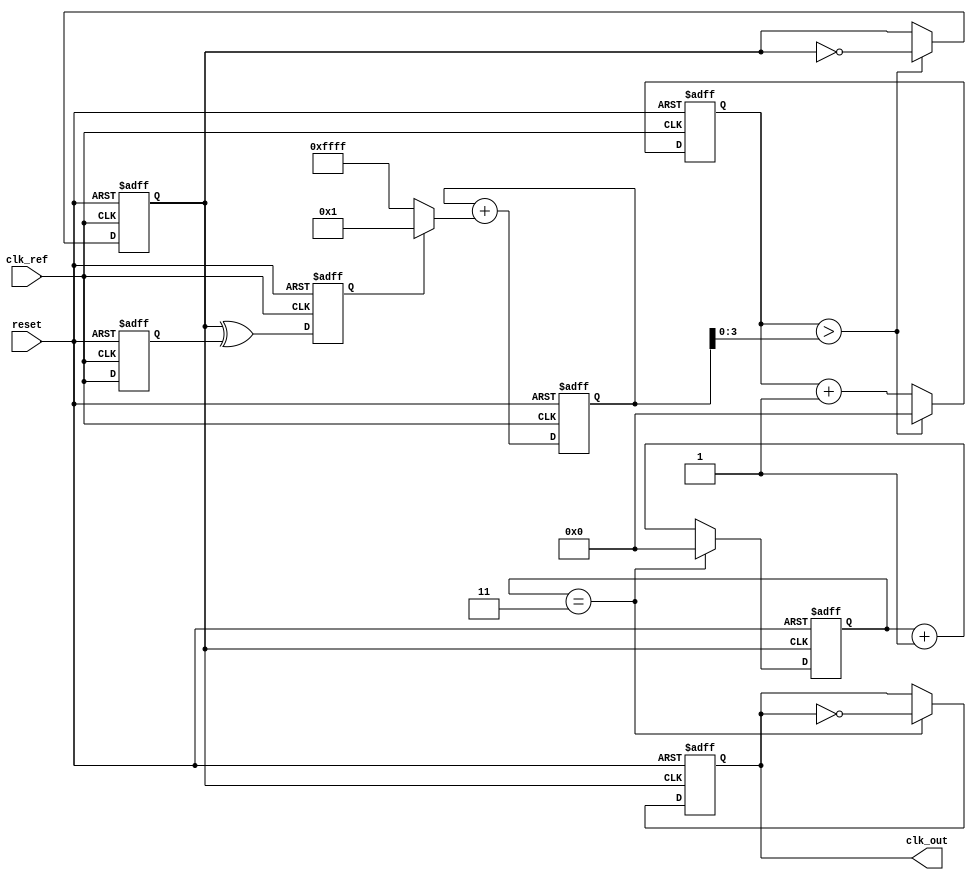
module low_jitter_pll (
    input wire clk_ref,        // Reference clock input
    input wire reset,          // Asynchronous reset
    output wire clk_out        // Output clock signal
);

    // Parameters
    parameter integer DIV_RATIO = 4; // Frequency division ratio

    // Phase Detector (PD) - Simple XOR based for illustrative purposes
    reg pd_out; // Phase Detector output
    reg pd_last_clk_ref;
    always @(posedge clk_ref or posedge reset) begin
        if (reset) begin
            pd_last_clk_ref <= 0;
            pd_out <= 0;
        end else begin
            pd_out <= clk_vco ^ pd_last_clk_ref; // XOR for phase detection
            pd_last_clk_ref <= clk_ref;
        end
    end

    // Loop Filter (LF) - Simple first-order filter
    reg [15:0] loop_filter_output; // Control voltage for VCO
    always @(posedge clk_ref or posedge reset) begin
        if (reset) begin
            loop_filter_output <= 16'h8000; // Midpoint of control voltage
        end else begin
            loop_filter_output <= loop_filter_output + (pd_out ? 1 : -1); // Adjust based on PD output
        end
    end

    // Voltage-Controlled Oscillator (VCO) - Simple example with adjustable frequency
    reg [3:0] vco_count; // Simple counter for VCO frequency generation
    reg clk_vco;
    always @(posedge clk_ref or posedge reset) begin
        if (reset) begin
            vco_count <= 0;
            clk_vco <= 0;
        end else begin
            vco_count <= vco_count + 1;
            if (vco_count > loop_filter_output[3:0]) begin // Control VCO frequency
                clk_vco <= ~clk_vco;
                vco_count <= 0;
            end
        end
    end

    // Frequency Divider (FD)
    reg [3:0] fd_count;
    reg clk_out_div;
    always @(posedge clk_vco or posedge reset) begin
        if (reset) begin
            fd_count <= 0;
            clk_out_div <= 0;
        end else begin
            if (fd_count == (DIV_RATIO - 1)) begin
                clk_out_div <= ~clk_out_div; // Toggle output clock
                fd_count <= 0;
            end else begin
                fd_count <= fd_count + 1;
            end
        end
    end

    assign clk_out = clk_out_div; // Connect the divided clock to output

endmodule